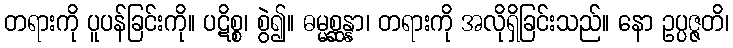
တရားကို ပူပန်ခြင်းကို။ ပဋိစ္စ၊ စွဲ၍။ ဓမ္မစ္ဆန္နာ၊ တရားကို အလိုရှိခြင်းသည်။ နော ဥပ္ပဇ္ဇတိ၊